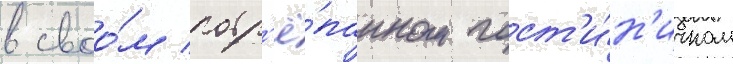
в своо́м потр'ё́панном гост'и́н'ичном